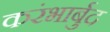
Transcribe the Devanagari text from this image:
करंभार्बुद